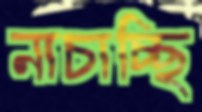
নাচাচ্ছি